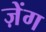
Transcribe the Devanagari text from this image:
ज़ेंग